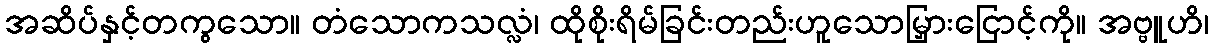
အဆိပ်နှင့်တကွသော။ တံသောကသလ္လံ၊ ထိုစိုးရိမ်ခြင်းတည်းဟူသောမြှားငြောင့်ကို။ အဗ္ဗူဟိ၊